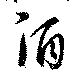
酒